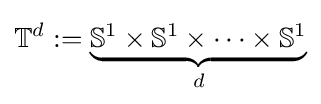
\mathbb {T} ^{d}:=\underbrace {\mathbb {S} ^{1}\times \mathbb {S} ^{1}\times \cdots \times \mathbb {S} ^{1}} _{d}